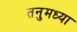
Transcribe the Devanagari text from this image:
तनुमध्या